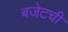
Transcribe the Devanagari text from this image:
बजेटची